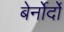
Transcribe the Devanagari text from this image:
बेर्नोर्दो